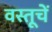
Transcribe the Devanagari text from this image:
वस्तूचें